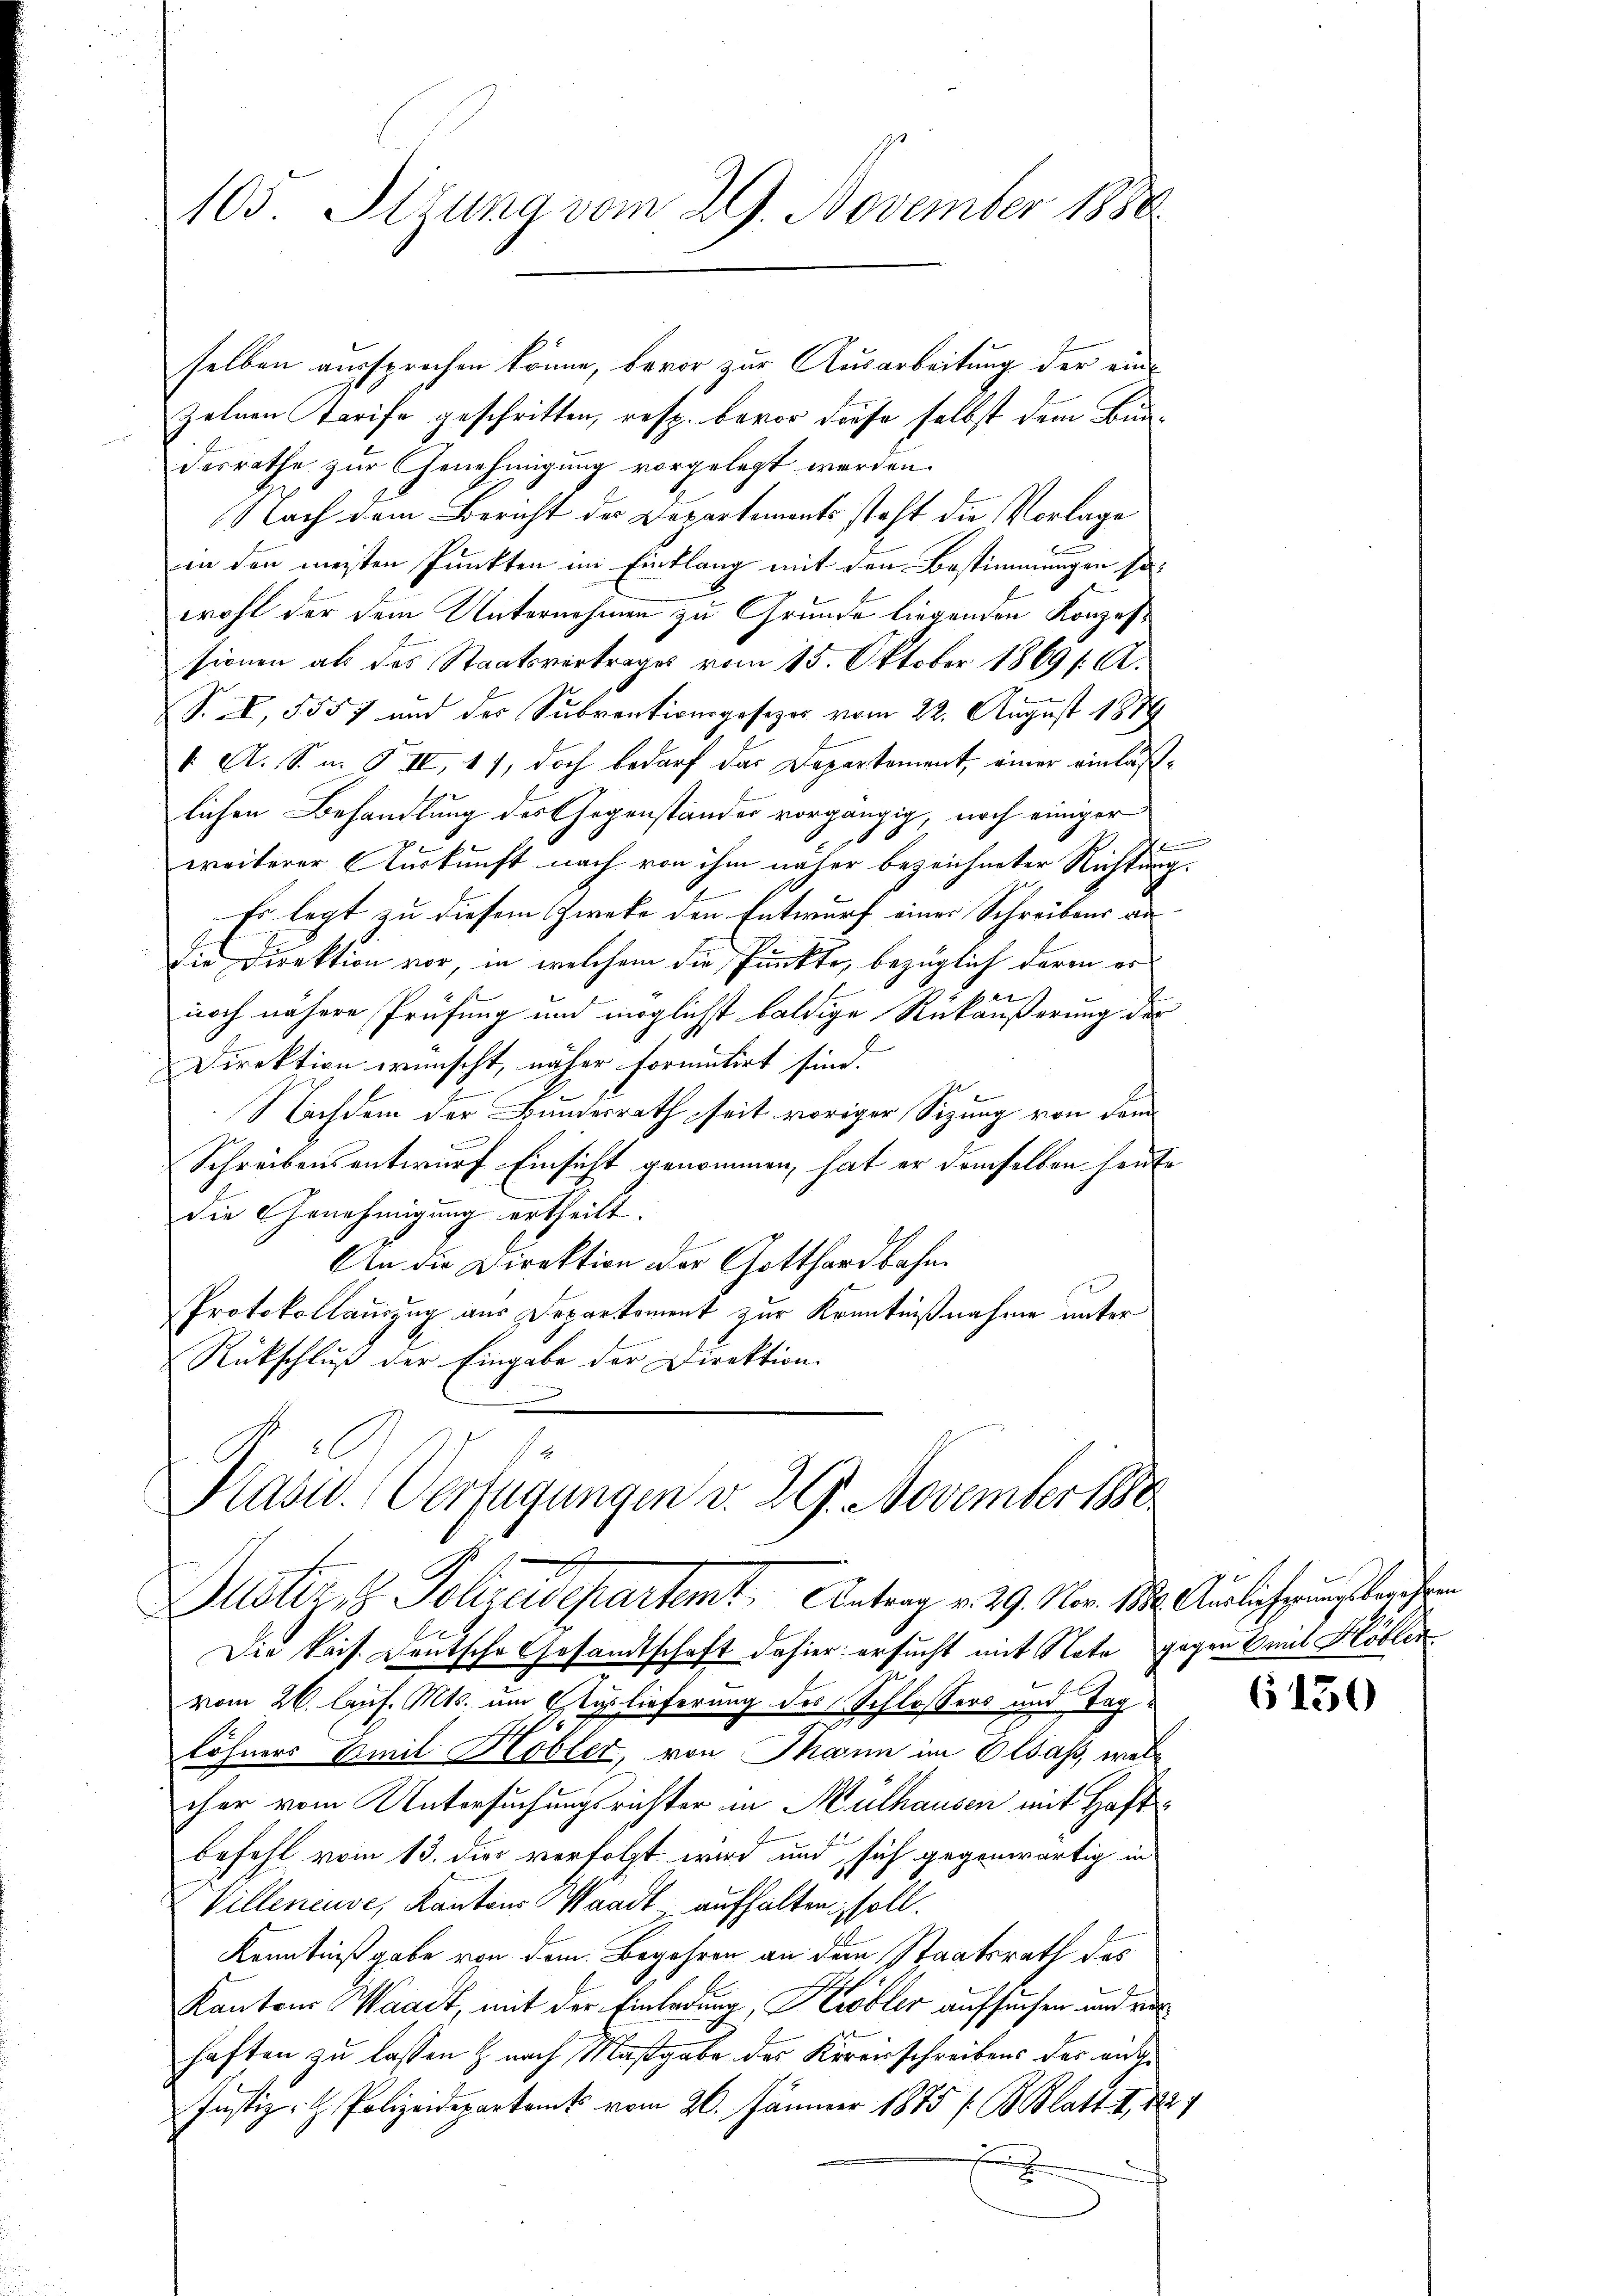
103. Ottung vom 29. November 1888.

selben aussprechen könne, bevor zur Ausarbeitung der einzelnen Tarife geschritten, resp. bevor diese selbst dem Bundesrathe zur Genehmigung vorgelegt werden.
Nach dem Bericht der Departements steht die Vorlage
in den meisten Punkten im Einklang mit den Bestimmungen sowohl der dem Unternehmen zu Grunde liegenden Konzes
sionen als des Staatsvertrages vom 15. Oktober 1869 s. A.
S. I, 5557 und der Subventionsgesezes vom 22. August 1889
1 A. S. u. F. II, 17, doch bedarf das Departement, einer einläßlichen Behandlung des Gegenstander vorgängig, noch einiger
weiterer Auskunft nach von ihm näher bezeichneter Richtung.
Es legt zu diesem Zwecke den Entwurf einer Schreibens vo
Die Direktion vor, in welchem die Punkte, bezüglich darin er
Kanto
noch nähere Prüfung und möglichst baldige Rükäußerung der
Direktion wünscht, näher formulirt sind.
Nachdem der Bundesrath seit voriger Sitzung von dem
Schreibensentwurf Einsicht genommen, hat er demselben heute
die Genehmigung ertheilt.
An die Direktion der Gotthardbahn.
Protokollauszug aus Departement zur Kenntnißnahme unter
Rückschluß der Eingabe der Direktion.

Kast. Verfügungen v. 29. November 1888
Justiz Sohlendepartemt. Antrag v. 29. Nov. 18. Auslicherung bere

Die kais. Deutsche Gesandtschaft dahier ersucht mit Note gegen mit Klöbler
vom 26. Auf. Mts. um Auslieferung des Schlossers und Taglöhners Emil Höbler, von Mann im Elsaß, welcher vom Untersuchungsrichter in Mülhausen mit Haft
befehl vom 13. dies verfolgt wird und sich gegenwärtig in
Villeneuve, Kantons Waadt aufhalten, soll.
Kenntniß gabe von dem Begehren an dem Staatsrath des
Kantons Waadt, mit der Einladung, Kobler aufsuchen und von
haften zu lassen & nach Maßgabe des Kreisschreibens des aus¬
Justiz- & Polizeidepartamts vom 26. Jänner 1875 f. Blatt I 182
.

n

6150